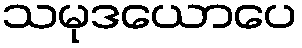
သမုဒယောပေ